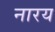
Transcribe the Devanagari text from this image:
नारय